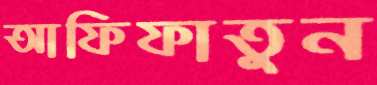
আফিফাতুন